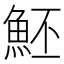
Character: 魾